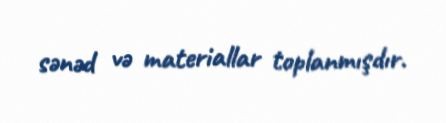
sənəd və materiallar toplanmışdır.